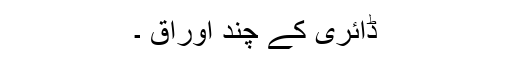
ڈائری کے چند اوراق ۔